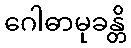
ဂေါဓာမုခန္တိ